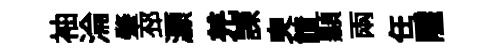
袖淪肇邳灝羌諫㬰饋顯兩任隱